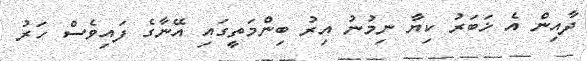
ދާއިން އެ ޚަބަރު ކިޔާ ނިމުނު އިރު ބިންމަތީގައި އޭނާގެ ފައިވެސް ހަރު